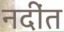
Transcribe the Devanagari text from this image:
नदींत